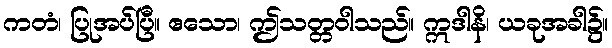
ကတံ၊ ပြုအပ်ပြီ။ ဧသော၊ ဤသတ္တဝါသည်။ ဣဒါနိ၊ ယခုအခါ၌။